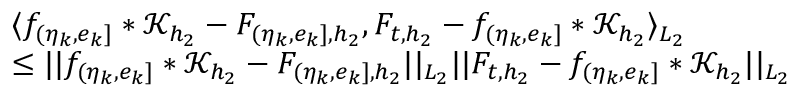
\begin{array} { r l } & { \langle f _ { ( \eta _ { k } , e _ { k } ] } \ast \mathcal { K } _ { { h _ { 2 } } } - F _ { ( \eta _ { k } , e _ { k } ] , { h _ { 2 } } } , F _ { t , { h _ { 2 } } } - f _ { ( \eta _ { k } , e _ { k } ] } \ast \mathcal { K } _ { { h _ { 2 } } } \rangle _ { L _ { 2 } } } \\ & { \le \vert \vert f _ { ( \eta _ { k } , e _ { k } ] } \ast \mathcal { K } _ { { h _ { 2 } } } - F _ { ( \eta _ { k } , e _ { k } ] , { h _ { 2 } } } \vert \vert _ { L _ { 2 } } \vert \vert F _ { t , { h _ { 2 } } } - f _ { ( \eta _ { k } , e _ { k } ] } \ast \mathcal { K } _ { { h _ { 2 } } } \vert \vert _ { L _ { 2 } } } \end{array}